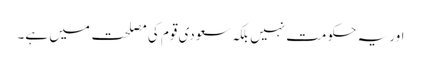
اور یہ حکومت نہیں بلکہ سعودی قوم کی مصلحت میں ہے۔